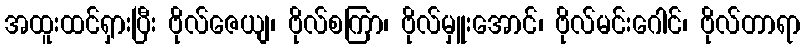
အထူးထင်ရှားပြီး ဗိုလ်ဇေယျ၊ ဗိုလ်စကြာ၊ ဗိုလ်မှူးအောင်၊ ဗိုလ်မင်းဂေါင်၊ ဗိုလ်တာရာ